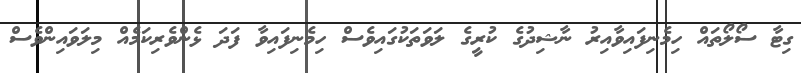
ގިޓާ ސޯލޯތައް ހިމެނިފައިވާއިރު ނާޝިދުގެ ކުރީގެ ލަވަތަކުގައިވެސް ހިމެނިފައިވާ ފަދަ ޅެންވެރިކަމެއް މިލަވައިންވެސް